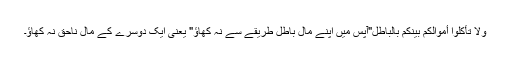
وَلاَ تَأْكُلُوا أَمْوَالَكُمْ بَيْنَكُمْ بِالْبَاطِلِ"آپس میں اپنے مال باطل طریقے سے نہ کھاؤ" یعنی ایک دوسرے کے مال ناحق نہ کھاؤ۔